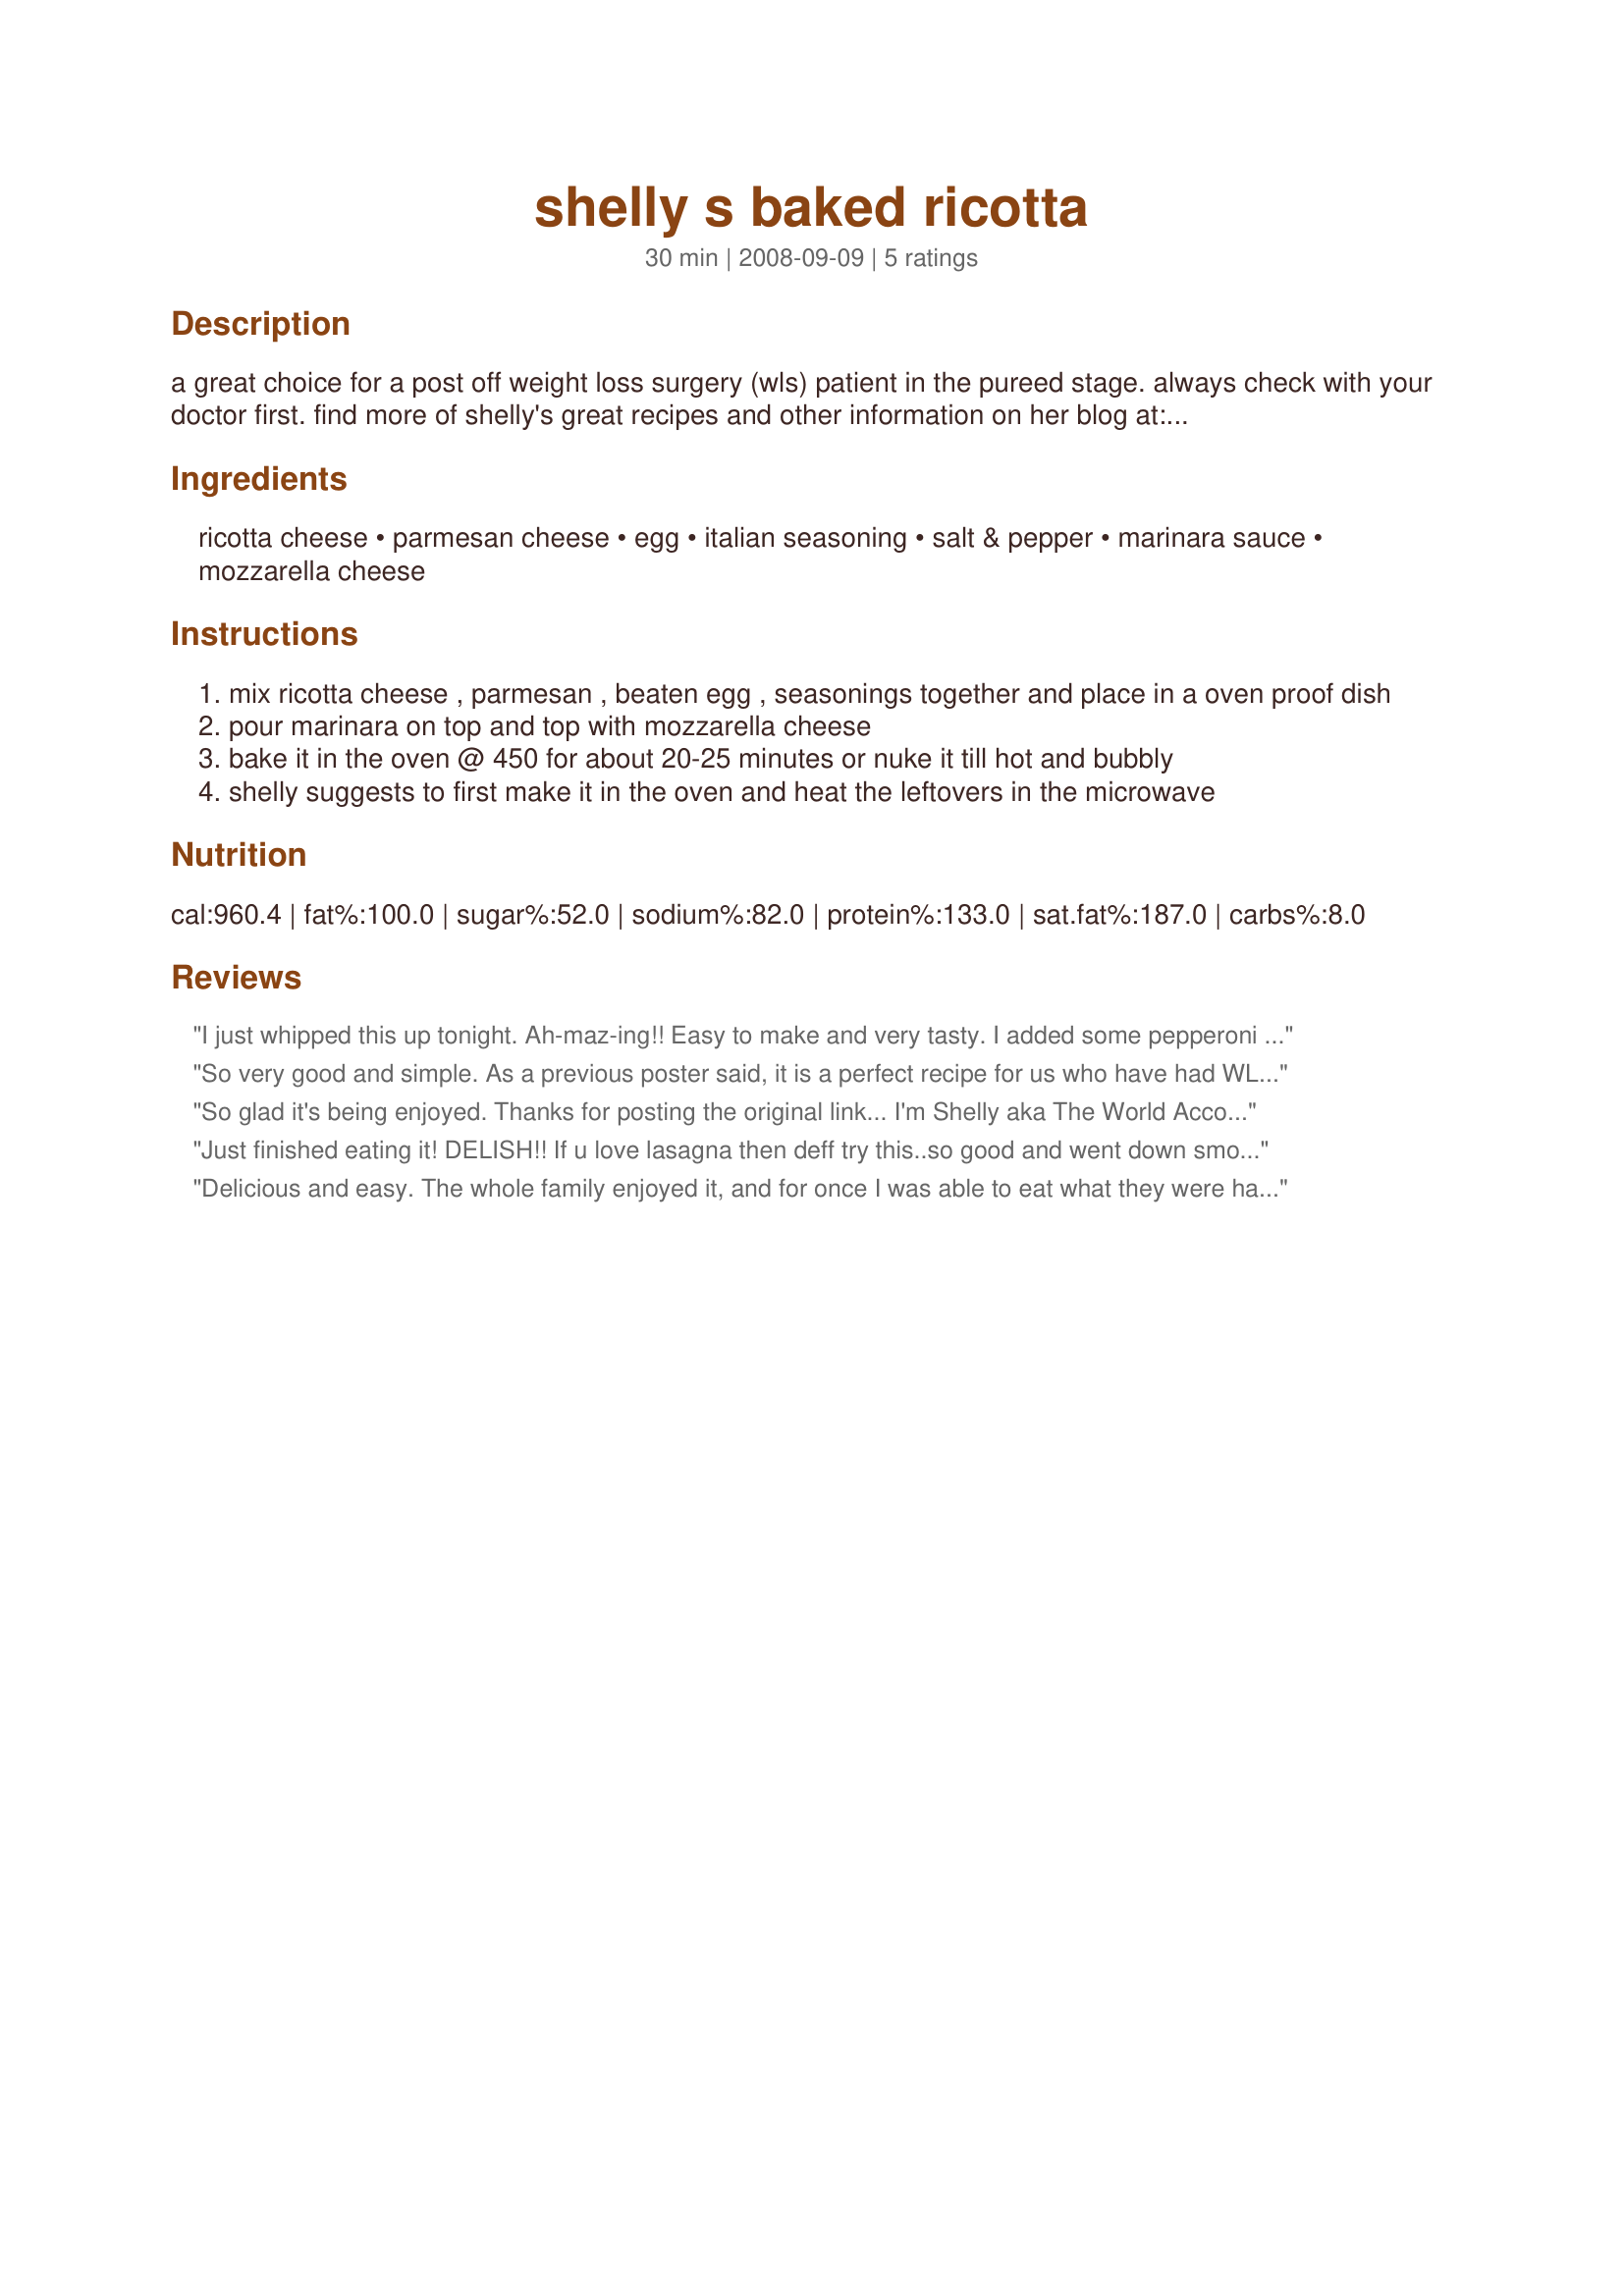
shelly s baked ricotta
Preparation time: 30 minutes

a great choice for a post off weight loss surgery (wls) patient in the pureed stage. always check with your doctor first. find more of shelly's great recipes and other information on her blog at: http://theworldaccordingtoeggface.blogspot.com/

Ingredients:
ricotta cheese, parmesan cheese, egg, italian seasoning, salt & pepper, marinara sauce, mozzarella cheese

Steps:
mix ricotta cheese , parmesan , beaten egg , seasonings together and place in a oven proof dish
pour marinara on top and top with mozzarella cheese
bake it in the oven @ 450 for about 20-25 minutes or nuke it till hot and bubbly
shelly suggests to first make it in the oven and heat the leftovers in the microwave

Reviews:
I just whipped this up tonight. Ah-maz-ing!! Easy to make and very tasty. I added some pepperoni and I felt like I was eating a pizza. This will be on my menu quite often! Can't wait to try some more of your recipes! Thank you, thank you!!
So very good and simple. As a previous poster said, it is a perfect recipe for us who have had WLS! I baked mine in a square Pyrex dish, which is about 9x9. I baked it for 20 minutes and that was good, tho might do a bit less time when I do it again. It really depends on how big your pan is. I cut it into 4 servings, this is perfect!
So glad it's being enjoyed. Thanks for posting the original link... I'm Shelly aka The World According to Eggface :)
Just finished eating it! DELISH!! If u love lasagna then deff try this..so good and went down smooth..Thanks a mill for sharing
Delicious and easy. The whole family enjoyed it, and for once I was able to eat what they were having (gastric sleeve 5/2018). I added 6 oz ground turkey and doubled the marinara from 1/2 cup to 1 cup. This will be a new staple in our home!
